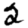
Digit: 2